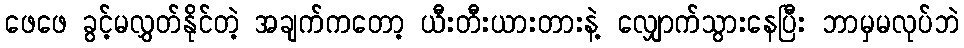
ဖေဖေ ခွင့်မလွှတ်နိုင်တဲ့ အချက်ကတော့ ယီးတီးယားတားနဲ့ လျှောက်သွားနေပြီး ဘာမှမလုပ်ဘဲ